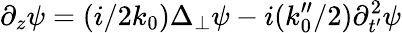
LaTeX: \partial_{z}\psi=(i/2k_{0})\Delta_{\perp}\psi-i(k_{0}^{\prime\prime}/2)\partial_{t^{\prime}}^{2}\psi